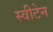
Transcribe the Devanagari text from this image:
स्वीटेन